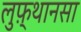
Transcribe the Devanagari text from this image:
लुफ़्थानसा